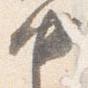
中